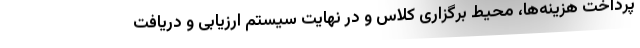
پرداخت هزینه‌ها، محیط برگزاری کلاس و در نهایت سیستم ارزیابی و دریافت